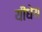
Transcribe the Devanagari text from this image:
यीधेय